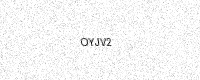
Text: OYJV2